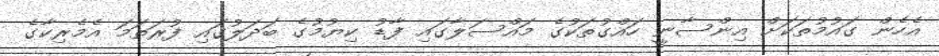
އެހެން ގައުމުތަކަށް އިންސާނީ ހައްގުތަކުގެ މައްސަލާގައި ފާޑު ކިޔުމުގެ ބަދަލުގައި ފުރަތަމަ އެމެރިކާގެ